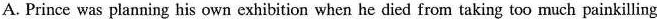
A. Prince was planning his own exhibition when he died from taking too much painkilling